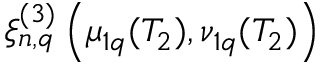
\xi _ { n , q } ^ { ( 3 ) } \left( \mu _ { 1 q } ( T _ { 2 } ) , \nu _ { 1 q } ( T _ { 2 } ) \right)